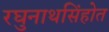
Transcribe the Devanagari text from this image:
रघुनाथसिंहोत